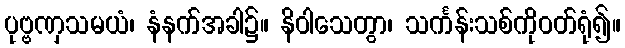
ပုဗ္ဗဏှသမယံ၊ နံနက်အခါ၌။ နိဝါသေတွာ၊ သင်္ကန်းသစ်ကိုဝတ်ရုံ၍။